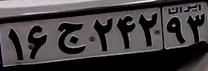
۱۶ج۲۴۲۹۳